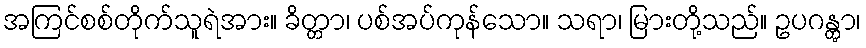
အကြင်စစ်တိုက်သူရဲအား။ ခိတ္တာ၊ ပစ်အပ်ကုန်သော။ သရာ၊ မြားတို့သည်။ ဥပဂန္တွာ၊